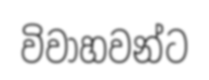
විවාහවන්ට